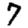
Digit: 7